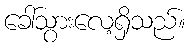
ခေါ်သွားလေ့ရှိသည်။